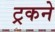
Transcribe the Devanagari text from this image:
ट्रकने